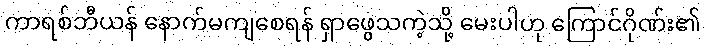
ကာရစ်ဘီယန် နောက်မကျစေရန် ရှာဖွေသကဲ့သို့ မေးပါဟု ကြောင်ဂိုဏ်း၏